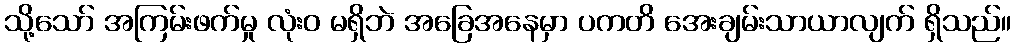
သို့သော် အကြမ်းဖက်မှု လုံးဝ မရှိဘဲ အခြေအနေမှာ ပကတိ အေးချမ်းသာယာလျက် ရှိသည်။